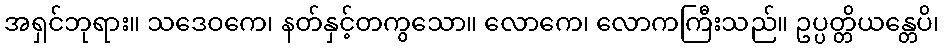
အရှင်ဘုရား။ သဒေဝကေ၊ နတ်နှင့်တကွသော။ လောကေ၊ လောကကြီးသည်။ ဥပ္ပတ္တိယန္တေပိ၊